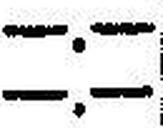
—.—